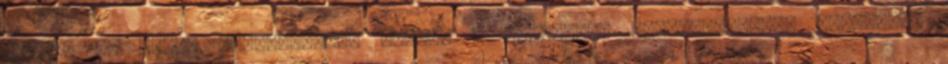
könnyű és gyors papírtekercs csere, a kerekítős euró-szabványú szoftver,